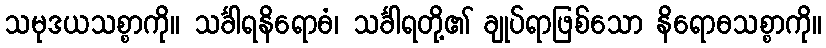
သမုဒယသစ္စာကို။ သင်္ခါရနိရောဓံ၊ သင်္ခါရတို့၏ ချုပ်ရာဖြစ်သော နိရောဓသစ္စာကို။